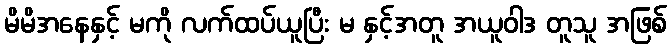
မိမိအနေနှင့် မကို လက်ထပ်ယူပြီး မ နှင့်အတူ အယူဝါဒ တူသူ အဖြစ်